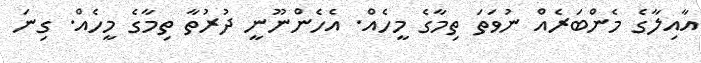
އާއިލާގެ މެންބަރެއް ނުވަތަ ތިމާގެ މީހެއް. އެހެންނޫނީ ދުރުތާ ތިމާގެ މީހެއް. ގިނަ